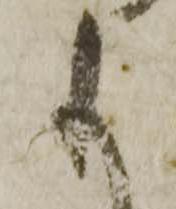
も